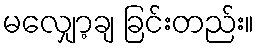
မလျှော့ချ ခြင်းတည်း။